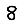
Digit: 8